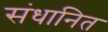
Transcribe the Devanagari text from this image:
संधानित